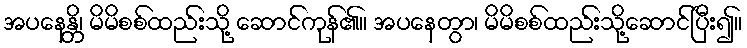
အပနေန္တိ၊ မိမိစစ်ထည်းသို့ ဆောင်ကုန်၏။ အပနေတွာ၊ မိမိစစ်ထည်းသို့ဆောင်ပြီး၍။